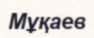
Мұқаев